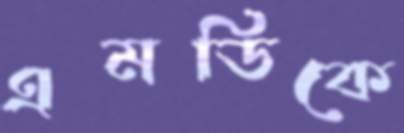
এমডিকে